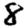
Digit: 8